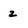
Character: 2